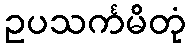
ဥပသင်္ကမိတုံ